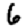
Digit: 6